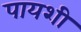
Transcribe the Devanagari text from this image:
पायशी